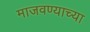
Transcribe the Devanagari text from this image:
माजवण्याच्या